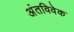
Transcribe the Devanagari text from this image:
अंतविवेक